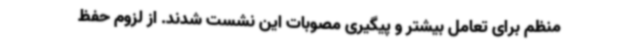
منظم برای تعامل بیشتر و پیگیری مصوبات این نشست شدند. از لزوم حفظ